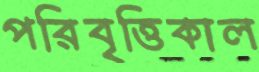
পরিবৃত্তিকাল